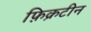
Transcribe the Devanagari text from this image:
फ़िक्रटीन